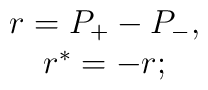
\begin{array}{c}r=P_{+}-P_{-}, \\r^{*}=-r;\end{array}